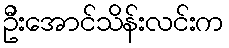
ဦးအောင်သိန်းလင်းက